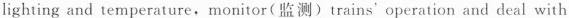
lighting and temperature, rnonitor(监测) trains' operation and deal with